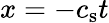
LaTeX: x=-c_{\mathrm{s}}t